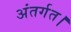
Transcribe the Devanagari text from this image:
अंतर्गत।